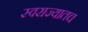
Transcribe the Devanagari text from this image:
स्वराज्यातच